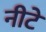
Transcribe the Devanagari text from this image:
नीटे